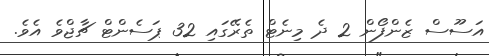
އަސޫސް ޒެންފޯން 2 ދެ މިނެޓް ތެރޭގައި 32 ޕަސެންޓް ޗާޖްވެ އެވެ.